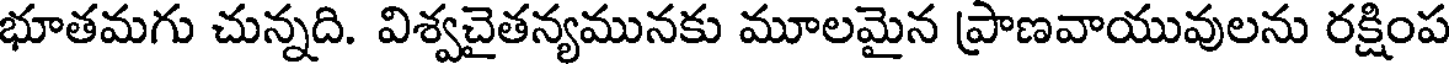
భూతమగు చున్నది. విశ్వచైతన్యమునకు మూలమైన ప్రాణవాయువులను రక్షింప